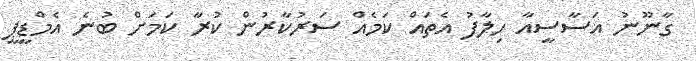
ގާނޫނު އަސާސީއާ ހިލާފު އެތައް ކަމެއް ސަރުކާރުން ކުރާ ކަމަށް ބުނެ އެމްޑީޕީ